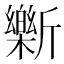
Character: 𫿾